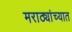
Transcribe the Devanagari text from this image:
मराठ्यांच्यात